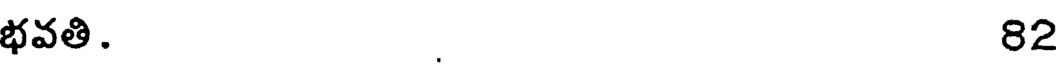
భవతి. 82